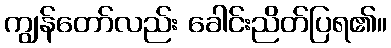
ကျွန်တော်လည်း ခေါင်းညိတ်ပြရ၏။